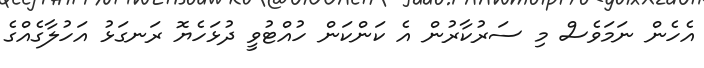
އެހެން ނަމަވެސް މި ސަރުކާރުން އެ ކަންކަން ހުއްޓުވީ ދުޅަހެޔޮ ރަނގަޅު އަހުލާގެއްގެ